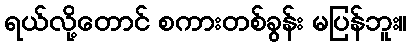
ရယ်လို့တောင် စကားတစ်ခွန်း မပြန်ဘူး။